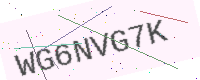
Text: WG6NVG7K